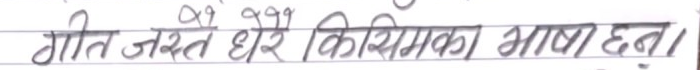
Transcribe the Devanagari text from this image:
गीत जस्तै धेरै किसिमका भाषा छन्।